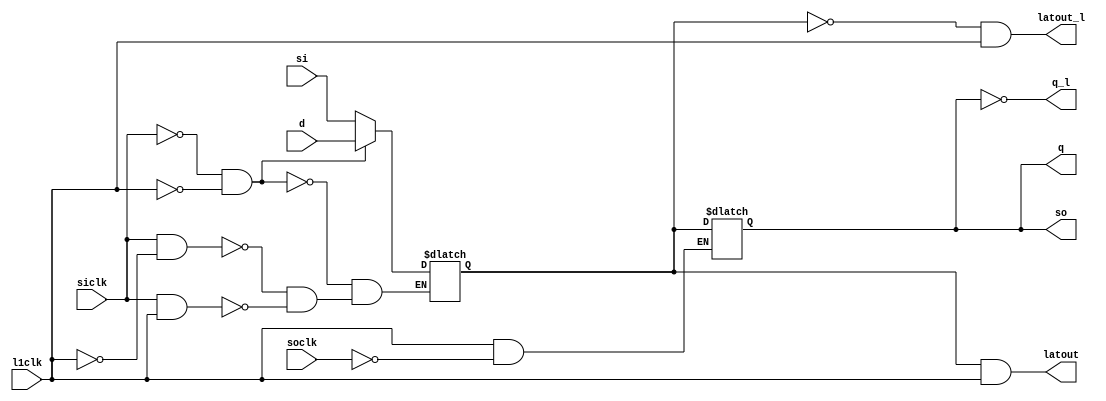
// ========== Copyright Header Begin ==========================================
// 
// OpenSPARC T2 Processor File: cl_mc1.v
// Copyright (C) 1995-2007 Sun Microsystems, Inc. All Rights Reserved
// 4150 Network Circle, Santa Clara, California 95054, U.S.A.
//
// * DO NOT ALTER OR REMOVE COPYRIGHT NOTICES OR THIS FILE HEADER. 
//
// This program is free software; you can redistribute it and/or modify
// it under the terms of the GNU General Public License as published by
// the Free Software Foundation; version 2 of the License.
//
// This program is distributed in the hope that it will be useful,
// but WITHOUT ANY WARRANTY; without even the implied warranty of
// MERCHANTABILITY or FITNESS FOR A PARTICULAR PURPOSE.  See the
// GNU General Public License for more details.
//
// You should have received a copy of the GNU General Public License
// along with this program; if not, write to the Free Software
// Foundation, Inc., 59 Temple Place, Suite 330, Boston, MA  02111-1307  USA
// 
// For the avoidance of doubt, and except that if any non-GPL license 
// choice is available it will apply instead, Sun elects to use only 
// the General Public License version 2 (GPLv2) at this time for any 
// software where a choice of GPL license versions is made 
// available with the language indicating that GPLv2 or any later version 
// may be used, or where a choice of which version of the GPL is applied is 
// otherwise unspecified. 
//
// Please contact Sun Microsystems, Inc., 4150 Network Circle, Santa Clara, 
// CA 95054 USA or visit www.sun.com if you need additional information or 
// have any questions. 
// 
// ========== Copyright Header End ============================================
module cl_mc1_adrff2b_8x ( latout, latout_l, q, q_l, so, d, l1clk, si, siclk, soclk );

   output       latout;
   output       latout_l;
   output       so;
   output       q;
   output       q_l;
   input         d;
   input         l1clk;
   input         si;
   input         siclk;
   input         soclk;

   wire latout, latout_l, so;
   reg m, s;

   `ifdef SCAN_MODE
    `ifdef FAST_FLUSH
        always @(l1clk or siclk or d) begin //vcs optimized code

          if (!l1clk && !siclk)       m <= d;    // Load master with data
          else if ( l1clk && !siclk)  s <=  m;   // Load slave with master data
          else if ( l1clk &&  siclk) begin
               m <=  1'b0;    //  flush reset
               s <=  1'b0;
          end
        end
     `else

      always @(l1clk or siclk or soclk or d or si) begin

        if (!l1clk && !siclk)        m <=  d;    // Load master with data
        else if ( l1clk &&  siclk)   m <=  si;    // Load master with scan or flush
        else if (!l1clk &&  siclk)   m <=  1'bx;    // Conflict between data and scan

        if ( l1clk && !soclk && !siclk)  s <=  m;   // Load slave with master data
        else if (l1clk && siclk && !soclk)  s <= si;    // Flush
      end
     `endif

   `else
      wire  si_unused = si;
 `ifdef INITLATZERO
      initial m = 1'b0;
      initial s = 1'b0;
      `endif

      always @(l1clk or d or si or siclk) begin
        if(siclk==0 && l1clk==0) m <=  d;
        else if(siclk && !l1clk)                m <= 1'bx;
        else if(siclk && l1clk) m <= si;
        if(l1clk && !soclk) s<= m;
      end

    `endif
      assign latout = m & l1clk;
      assign latout_l = ~m & l1clk;
      assign so  =  s;
      assign q   =  s;
      assign q_l = ~s;


endmodule

module cl_mc1_bistl1hdr_12x (
                 l2clk,
                 se,
                 clksel,
                 bistclk,
                 lce,
                 l1clk
                 );
                
                
   input        l2clk;          // level 2 clock, from clock grid
   input        se;             // Scan Enable
   input        clksel;
   input        bistclk;
   input        lce;
   output       l1clk;

  assign l1clk = l2clk; //((((l2clk & ~clksel)|(bistclk & clksel)) & ~lce) | se) ;
 
endmodule


module cl_mc1_bistl1hdr_16x (
                 l2clk,
                 se,
                 clksel,
                 bistclk,
                 lce,
                 l1clk
                 );
                
                
   input        l2clk;          // level 2 clock, from clock grid
   input        se;             // Scan Enable
   input        clksel;
   input        bistclk;
   input        lce;
   output       l1clk;

  assign l1clk = l2clk; // ((((l2clk & ~clksel)|(bistclk & clksel)) & ~lce) | se) ;
 
endmodule


module cl_mc1_bistl1hdr_8x (
                 l2clk,
                 se,
                 clksel,
                 bistclk,
                 lce,
                 l1clk
                 );
                
                
   input        l2clk;          // level 2 clock, from clock grid
   input        se;             // Scan Enable
   input        clksel;
   input        bistclk;
   input        lce;
   output       l1clk;

  assign l1clk = l2clk; // ((((l2clk & ~clksel)|(bistclk & clksel)) & ~lce) | se) ;
 
endmodule


module cl_mc1_bistlatch_10x (
                l2clk,
                pce,
                pce_ov,
                lce);
 input  l2clk;
 input  pce;
 input  pce_ov;
 output lce;
 
 `ifdef FORMAL_TOOL
 assign lce = ~(pce | pce_ov);
 `else
 
 `ifdef LIB
 reg lce;
 
 always @ (negedge l2clk)
        begin
        lce <=  ~(pce | pce_ov);
        end
 `endif
 `endif
 endmodule

module cl_mc1_bistlatch_20x (
                l2clk,
                pce,
                pce_ov,
                lce);
 input  l2clk;
 input  pce;
 input  pce_ov;
 output lce;

 `ifdef FORMAL_TOOL
 assign lce = ~(pce | pce_ov);
 `else
 
 `ifdef LIB
 reg lce;
 
 always @ (negedge l2clk)
        begin
        lce <=  ~(pce | pce_ov);
        end
 `endif
 `endif
 endmodule

module cl_mc1_bistlatch_4x (
                l2clk,
                pce,
                pce_ov,
                lce);
 input  l2clk;
 input  pce;
 input  pce_ov;
 output lce;

 `ifdef FORMAL_TOOL
 assign lce = ~(pce | pce_ov);
 `else

 `ifdef LIB
 reg lce;

 always @ (negedge l2clk)
        begin
        lce <=  ~(pce | pce_ov);
        end
 `endif
 `endif
 endmodule
module cl_mc1_cm_com_adff_l ( master, so, d, l1clk, si, siclk, soclk );

   output master;
   output so;

   input  d;
   input  l1clk;
   input  si;
   input  siclk;
   input  soclk;

    wire  master;
    wire   so;

     reg m, s;

    `ifdef SCAN_MODE

             always @(l1clk or siclk or soclk or d or si)
              begin
                    if (!l1clk && !siclk)           m <= d;    // Load master with data
               else if ( l1clk &&  siclk)           m <= si;   // Load master with scan or flush
               else if (!l1clk &&  siclk)           m <= 1'bx; // Conflict between data and scan

                    if ( l1clk && !siclk && !soclk)  s <= m;  // Load slave with master data
               else if ( l1clk &&  siclk && !soclk)  s <= si; // Flush
              end
    `else
       wire  si_unused = si;
          `ifdef INITLATZERO
                initial m = 1'b0;
                initial s = 1'b0;
          `endif

       always @(l1clk or d or si or siclk) begin
         if(siclk==0 && l1clk==0) m <=  d;
         if(siclk && !l1clk)      m <= 1'bx;
         else if(siclk && l1clk)  m <= si;
       end

     `endif

         assign master   =   m;
         assign so  =  s;

endmodule

module cl_mc1_cm_com_adff_r ( master, so, d, l1clk, si, siclk, soclk );

   output master;
   output so;

   input  d;
   input  l1clk;
   input  si;
   input  siclk;
   input  soclk;

    wire  master;
    wire   so;

     reg m, s;

    `ifdef SCAN_MODE

             always @(l1clk or siclk or soclk or d or si)
              begin
                    if (!l1clk && !siclk)           m <= d;    // Load master with data
               else if ( l1clk &&  siclk)           m <= si;   // Load master with scan or flush
               else if (!l1clk &&  siclk)           m <= 1'bx; // Conflict between data and scan

                    if ( l1clk && !siclk && !soclk)  s <= m;  // Load slave with master data
               else if ( l1clk &&  siclk && !soclk)  s <= si; // Flush
              end
    `else
       wire  si_unused = si;
          `ifdef INITLATZERO
                initial m = 1'b0;
                initial s = 1'b0;
          `endif

       always @(l1clk or d or si or siclk) begin
         if(siclk==0 && l1clk==0) m <=  d;
         if(siclk && !l1clk)      m <= 1'bx;
         else if(siclk && l1clk)  m <= si;
       end

     `endif

         assign master   =   m;
         assign so  =  s;

endmodule

module cl_mc1_cm_com_dff_ ( master, master_l, so, d, l1clk, si, siclk, soclk );

   output master;
   output master_l;
   output so;

   input  d;
   input  l1clk;
   input  si;
   input  siclk;
   input  soclk;

    wire  master;
    wire  master_l;
    wire   so;

     reg m, s;

    `ifdef SCAN_MODE

             always @(l1clk or siclk or soclk or d or si)
              begin
                    if (!l1clk && !siclk)           m <= d;    // Load master with data
               else if ( l1clk &&  siclk)           m <= si;   // Load master with scan or flush
               else if (!l1clk &&  siclk)           m <= 1'bx; // Conflict between data and scan

                    if ( l1clk && !siclk && !soclk)  s <= m;  // Load slave with master data
               else if ( l1clk &&  siclk && !soclk)  s <= si; // Flush
              end
    `else
       wire  si_unused = si;
          `ifdef INITLATZERO
                initial m = 1'b0;
                initial s = 1'b0;
          `endif

       always @(l1clk or d or si or siclk) begin
         if(siclk==0 && l1clk==0) m <=  d;
         if(siclk && !l1clk)      m <= 1'bx;
         else if(siclk && l1clk)  m <= si;
       end

     `endif

         assign master   =   m;
         assign master_l =  ~m;
         assign so  =  s;

endmodule

 module cl_mc1_cm_nor_msff ( q, so, din, clear, l1clk, si, siclk, soclk );
// Level sensitive in SCAN_MODE
// Edge triggered when not in SCAN_MODE

   output  q;
   output  so;

   input   din, clear;
   input   l1clk;
   input   si;
   input   siclk;
   input   soclk;

   reg     q;
   wire    so;
   wire    l1clk, siclk, soclk;
                
  `ifdef SCAN_MODE

    reg    m;

             always @(l1clk or siclk or soclk or din or clear or si)
              begin
                    if (!l1clk && !siclk)           m <= ~(din | clear);  // Load master with data
               else if ( l1clk &&  siclk)           m <= si;    // Load master with scan or flush
               else if (!l1clk &&  siclk)           m <= 1'bx;    // Conflict between data and scan
 
               else if ( l1clk && !siclk && !soclk)  q <= m;    // Load slave with master data
                    if ( l1clk &&  siclk && !soclk)  q <= si;    // Flush
              end
 
        `else
              wire  si_unused = si;
 
          `ifdef INITLATZERO
                initial q = 1'b0;
          `endif
 
              always @(posedge l1clk)
               begin
                if (!siclk && !soclk) q <=  ~(din | clear);
                else                  q <= 1'bx;
               end
        `endif
 
         assign so = q;
 
endmodule
// created June 6, 2005, ln

module cl_mc1_gate_antenna_50k ( in );

input in;

endmodule
// created June 6, 2005, ln

module cl_mc1_gate_antenna_5k ( in );

input in;

endmodule

module cl_mc1_irf_lat_rsto (
		l1clk,
		d,
		mq);
input	l1clk;		
input	d;
output	mq;

reg m;
wire mq;

always @ (l1clk or d)
        if (l1clk == 1'b0) m <=  d;

 `ifdef INITLATZERO
    initial m = 1'b0;
  `endif

assign mq = m && l1clk;

endmodule


module cl_mc1_irf_lat_swl (
		l1clk,
		d,
		mq);
input	l1clk;		
input	d;
output	mq;

reg m;
wire mq;

always @ (l1clk or d)
        if (l1clk == 1'b0) m <=  d;

 `ifdef INITLATZERO
    initial m = 1'b0;
  `endif

assign mq = m && l1clk;

endmodule


module cl_mc1_irf_msff_4x ( q, so, d, l1clk, si, siclk, soclk );
 
    output       q;
    output       so;
 
    input         d;
    input         l1clk;
    input         si;
    input         siclk;
    input         soclk;
 
    wire q, so;
    reg m, s;
 
    `ifdef SCAN_MODE
 
       always @(l1clk or siclk or soclk or d or si) begin
 
         if (!l1clk && !siclk)        m <=  d;    // Load master with data
         else if ( l1clk &&  siclk)   m <=  si;    // Load master with scan or flush
         else if (!l1clk &&  siclk)   m <=  1'bx;    // Conflict between data and scan
 
         if ( l1clk && !soclk && !siclk)  s <=  m;   // Load slave with master data
         else if (l1clk && siclk && !soclk)  s <= si;    // Flush
       end
 
    `else
       wire  si_unused = si;
       `ifdef INITLATZERO
       initial m = 1'b0;
       initial s = 1'b0;
       `endif
 
       always @(l1clk or d or si or siclk) begin
         if(siclk==0 && l1clk==0) m <=  d;
         if(siclk && !l1clk)                m <= 1'bx;
         else if(siclk && l1clk) m <= si;
       end
 
     `endif
 
       assign q = s;
       assign so  =  s;
 
endmodule

// Driver
module  cl_mc1_l1driver_12x (
                 l2clk,
                 se,
                 l1en,
                 l1clk
                );
 
   input        l2clk;          // level 2 clock, from clock grid
   input        se;             // Scan Enable
   input        l1en;           // Clock enable for local power savings
   output       l1clk;
 
   wire       l1clk;
 
   assign       l1clk = l2clk; //(l2clk & l1en) | se;  // se is async and highest priority
endmodule

// Driver
module  cl_mc1_l1driver_16x (
                 l2clk,
                 se,
                 l1en,
                 l1clk
                );
 
   input        l2clk;          // level 2 clock, from clock grid
   input        se;             // Scan Enable
   input        l1en;           // Clock enable for local power savings
   output       l1clk;
 
   wire       l1clk;
 
   assign       l1clk = l2clk; //(l2clk & l1en) | se;  // se is async and highest priority
endmodule

// Driver
module  cl_mc1_l1driver_24x (
                 l2clk,
                 se,
                 l1en,
                 l1clk
                );
 
   input        l2clk;          // level 2 clock, from clock grid
   input        se;             // Scan Enable
   input        l1en;           // Clock enable for local power savings
   output       l1clk;
 
   wire       l1clk;
 
   assign       l1clk = l2clk; //(l2clk & l1en) | se;  // se is async and highest priority
endmodule

// Driver
module  cl_mc1_l1driver_32x (
                 l2clk,
                 se,
                 l1en,
                 l1clk
                );
 
   input        l2clk;          // level 2 clock, from clock grid
   input        se;             // Scan Enable
   input        l1en;           // Clock enable for local power savings
   output       l1clk;
 
   wire       l1clk;
 
   assign       l1clk = l2clk; //(l2clk & l1en) | se;  // se is async and highest priority
endmodule

module  cl_mc1_l1driver_48x (
                 l2clk,
                 se,
                 l1en,
                 l1clk
                );
 
   input        l2clk;          // level 2 clock, from clock grid
   input        se;             // Scan Enable
   input        l1en;           // Clock enable for local power savings
   output       l1clk;
 
   wire       l1clk;
 
   assign       l1clk = l2clk; //(l2clk & l1en) | se;  // se is async and highest priority
endmodule

// Driver
module  cl_mc1_l1driver_4x (
                 l2clk,
                 se,
                 l1en,
                 l1clk
                );
 
   input        l2clk;          // level 2 clock, from clock grid
   input        se;             // Scan Enable
   input        l1en;           // Clock enable for local power savings
   output       l1clk;

   wire        l1clk;

   assign       l1clk = l2clk; //(l2clk & l1en) | se;  // se is async and highest priority

endmodule


// Driver
module  cl_mc1_l1driver_64x (
                 l2clk,
                 se,
                 l1en,
                 l1clk
                );
 
   input        l2clk;          // level 2 clock, from clock grid
   input        se;             // Scan Enable
   input        l1en;           // Clock enable for local power savings
   output       l1clk;
 
   wire       l1clk;
 
   assign       l1clk = l2clk; //(l2clk & l1en) | se;  // se is async and highest priority
endmodule

// Driver
module  cl_mc1_l1driver_8x (
                 l2clk,
                 se,
                 l1en,
                 l1clk
                );
 
   input        l2clk;          // level 2 clock, from clock grid
   input        se;             // Scan Enable
   input        l1en;           // Clock enable for local power savings
   output       l1clk;

   wire       l1clk;

   assign       l1clk = l2clk; //(l2clk & l1en) | se;  // se is async and highest priority

endmodule


// Driver double wide
module  cl_mc1_l1driver_by2_24x (
                 l2clk,
                 se,
                 l1en,
                 l1clk
                );
 
   input        l2clk;          // level 2 clock, from clock grid
   input        se;             // Scan Enable
   input        l1en;           // Clock enable for local power savings
   output       l1clk;
 
   wire       l1clk;
 
   assign       l1clk = l2clk; //(l2clk & l1en) | se;  // se is async and highest priority
endmodule

// Driver double wide
module  cl_mc1_l1driver_by2_32x (
                 l2clk,
                 se,
                 l1en,
                 l1clk
                );
 
   input        l2clk;          // level 2 clock, from clock grid
   input        se;             // Scan Enable
   input        l1en;           // Clock enable for local power savings
   output       l1clk;
 
   wire        l1clk;
 
   assign       l1clk = l2clk; //(l2clk & l1en) | se;  // se is async and highest priority
endmodule

module  cl_mc1_l1driver_by2_48x (
                 l2clk,
                 se,
                 l1en,
                 l1clk
                );
 
   input        l2clk;          // level 2 clock, from clock grid
   input        se;             // Scan Enable
   input        l1en;           // Clock enable for local power savings
   output       l1clk;
 
   wire       l1clk;
 
   assign       l1clk = l2clk; //(l2clk & l1en) | se;  // se is async and highest priority
endmodule

module  cl_mc1_l1driver_by2_64x (
                 l2clk,
                 se,
                 l1en,
                 l1clk
                );
 
   input        l2clk;          // level 2 clock, from clock grid
   input        se;             // Scan Enable
   input        l1en;           // Clock enable for local power savings
   output       l1clk;
 
   wire       l1clk;
 
   assign       l1clk = l2clk; //(l2clk & l1en) | se;  // se is async and highest priority
endmodule

// Edge modeled Enable latch
module cl_mc1_l1enable_12x (
                l2clk,
                pce,
                pce_ov,
                l1en);
input   l2clk;
input   pce;
input   pce_ov;
output  l1en;
 
reg l1en;
 
always @ (negedge l2clk )
        begin
           l1en <=  (pce | pce_ov);
        end

// logically correct model
// always @ (l2clk or pce or pce_ov)
//         if (l2clk == 1'b0) l1en <=  (pce | pce_ov);
endmodule

// Edge modeled Enable latch
module cl_mc1_l1enable_16x (
                l2clk,
                pce,
                pce_ov,
                l1en);
input   l2clk;
input   pce;
input   pce_ov;
output  l1en;
 
reg l1en;
 
always @ (negedge l2clk )
        begin
           l1en <=  (pce | pce_ov);
        end

// logically correct model
// always @ (l2clk or pce or pce_ov)
//         if (l2clk == 1'b0) l1en <=  (pce | pce_ov);
endmodule

// Edge modeled Enable latch
module cl_mc1_l1enable_24x (
                l2clk,
                pce,
                pce_ov,
                l1en);
input   l2clk;
input   pce;
input   pce_ov;
output  l1en;
 
reg l1en;
 
always @ (negedge l2clk )
        begin
           l1en <=  (pce | pce_ov);
        end

// logically correct model
// always @ (l2clk or pce or pce_ov)
//         if (l2clk == 1'b0) l1en <=  (pce | pce_ov);
endmodule

// Edge modeled Enable latch
module cl_mc1_l1enable_32x (
                l2clk,
                pce,
                pce_ov,
                l1en);
input   l2clk;
input   pce;
input   pce_ov;
output  l1en;
 
reg l1en;
 
always @ (negedge l2clk )
        begin
           l1en <=  (pce | pce_ov);
        end

// logically correct model
// always @ (l2clk or pce or pce_ov)
//         if (l2clk == 1'b0) l1en <=  (pce | pce_ov);
endmodule

// Edge modeled Enable latch
module cl_mc1_l1enable_48x (
                l2clk,
                pce,
                pce_ov,
                l1en);
input   l2clk;
input   pce;
input   pce_ov;
output  l1en;
 
reg l1en;
 
always @ (negedge l2clk )
        begin
           l1en <=  (pce | pce_ov);
        end

// logically correct model
// always @ (l2clk or pce or pce_ov)
//         if (l2clk == 1'b0) l1en <=  (pce | pce_ov);
endmodule

// Edge modeled Enable latch
module cl_mc1_l1enable_4x (
                l2clk,
                pce,
                pce_ov,
                l1en);
input   l2clk;
input   pce;
input   pce_ov;
output  l1en;
 
reg l1en;
 
always @ (negedge l2clk )
        begin
           l1en <=  (pce | pce_ov);
        end

// logically correct model
// always @ (l2clk or pce or pce_ov)
//         if (l2clk == 1'b0) l1en <=  (pce | pce_ov);
endmodule

// Edge modeled Enable latch
module cl_mc1_l1enable_64x (
                l2clk,
                pce,
                pce_ov,
                l1en);
input   l2clk;
input   pce;
input   pce_ov;
output  l1en;
 
reg l1en;
 
always @ (negedge l2clk )
        begin
           l1en <=  (pce | pce_ov);
        end

// logically correct model
// always @ (l2clk or pce or pce_ov)
//         if (l2clk == 1'b0) l1en <=  (pce | pce_ov);
endmodule

// Edge modeled Enable latch
module cl_mc1_l1enable_8x (
                l2clk,
                pce,
                pce_ov,
                l1en);
input   l2clk;
input   pce;
input   pce_ov;
output  l1en;
 
reg l1en;
 
always @ (negedge l2clk )
        begin
           l1en <=  (pce | pce_ov);
        end

// logically correct model
// always @ (l2clk or pce or pce_ov)
//         if (l2clk == 1'b0) l1en <=  (pce | pce_ov);
endmodule
module  cl_mc1_l1hdr_16x (
                 l2clk,
                 se,
                 pce,
                 pce_ov,
                 stop,
                 l1clk
                );
 
   input        l2clk;          // level 2 clock, from clock grid
   input        se;             // Scan Enable
   input        pce;             // Clock enable for local power savings
   input        pce_ov;        // TCU sourced clock enable override for testing
   input        stop;           // TCU/CCU sourced clock stop for debug
   output       l1clk;

   reg  l1en;
  `ifdef INITLATZERO
  initial begin
        l1en = 1'b0;
     end
  `endif
`ifdef SCAN_MODE
   always @ (l2clk or stop or pce or pce_ov)
       begin
         if (~l2clk) l1en <= (~stop & (pce | pce_ov));
       end
`else
   always @ (negedge l2clk )
        begin
           l1en <= (~stop & ( pce | pce_ov ));
        end
`endif

   assign       l1clk = l2clk; //(l2clk & l1en) | se;  // se is async and highest priority

endmodule

module  cl_mc1_l1hdr_24x (
                 l2clk,
                 se,
                 pce,
                 pce_ov,
                 stop,
                 l1clk
                );
 
   input        l2clk;          // level 2 clock, from clock grid
   input        se;             // Scan Enable
   input        pce;             // Clock enable for local power savings
   input        pce_ov;        // TCU sourced clock enable override for testing
   input        stop;           // TCU/CCU sourced clock stop for debug
   output       l1clk;

   reg  l1en;
  `ifdef INITLATZERO
  initial begin
        l1en = 1'b0;
     end
  `endif
`ifdef SCAN_MODE
   always @ (l2clk or stop or pce or pce_ov)
       begin
         if (~l2clk) l1en <= (~stop & (pce | pce_ov));
       end
`else
   always @ (negedge l2clk )
        begin
           l1en <= (~stop & ( pce | pce_ov ));
        end
`endif

   assign       l1clk = l2clk; //(l2clk & l1en) | se;  // se is async and highest priority

endmodule

module  cl_mc1_l1hdr_32x (
                 l2clk,
                 se,
                 pce,
                 pce_ov,
                 stop,
                 l1clk
                );
 
   input        l2clk;          // level 2 clock, from clock grid
   input        se;             // Scan Enable
   input        pce;             // Clock enable for local power savings
   input        pce_ov;        // TCU sourced clock enable override for testing
   input        stop;           // TCU/CCU sourced clock stop for debug
   output       l1clk;

   reg  l1en;
  `ifdef INITLATZERO
  initial begin
        l1en = 1'b0;
     end
  `endif
`ifdef SCAN_MODE
   always @ (l2clk or stop or pce or pce_ov)
       begin
         if (~l2clk) l1en <= (~stop & (pce | pce_ov));
       end
`else
   always @ (negedge l2clk )
        begin
           l1en <= (~stop & ( pce | pce_ov ));
        end
`endif

   assign       l1clk = l2clk; //(l2clk & l1en) | se;  // se is async and highest priority

endmodule

module  cl_mc1_l1hdr_48x (
                 l2clk,
                 se,
                 pce,
                 pce_ov,
                 stop,
                 l1clk
                );
 
   input        l2clk;          // level 2 clock, from clock grid
   input        se;             // Scan Enable
   input        pce;             // Clock enable for local power savings
   input        pce_ov;        // TCU sourced clock enable override for testing
   input        stop;           // TCU/CCU sourced clock stop for debug
   output       l1clk;

   reg  l1en;
  `ifdef INITLATZERO
  initial begin
        l1en = 1'b0;
     end
  `endif
`ifdef SCAN_MODE
   always @ (l2clk or stop or pce or pce_ov)
       begin
         if (~l2clk) l1en <= (~stop & (pce | pce_ov));
       end
`else
   always @ (negedge l2clk )
        begin
           l1en <= (~stop & ( pce | pce_ov ));
        end
`endif
   assign       l1clk = l2clk; //(l2clk & l1en) | se;  // se is async and highest priority

endmodule

module  cl_mc1_l1hdr_64x (
                 l2clk,
                 se,
                 pce,
                 pce_ov,
                 stop,
                 l1clk
                );
 
   input        l2clk;          // level 2 clock, from clock grid
   input        se;             // Scan Enable
   input        pce;             // Clock enable for local power savings
   input        pce_ov;        // TCU sourced clock enable override for testing
   input        stop;           // TCU/CCU sourced clock stop for debug
   output       l1clk;

   reg  l1en;
`ifdef INITLATZERO
  initial begin
        l1en = 1'b0;
     end
`endif
`ifdef SCAN_MODE
   always @ (l2clk or stop or pce or pce_ov)
       begin
         if (~l2clk) l1en <= (~stop & (pce | pce_ov));
       end
`else
   always @ (negedge l2clk )
        begin
           l1en <= (~stop & ( pce | pce_ov ));
        end
`endif

   assign       l1clk = l2clk; //(l2clk & l1en) | se;  // se is async and highest priority

endmodule

module  cl_mc1_l1hdr_by4_64x (
                 l2clk,
                 se,
                 pce,
                 pce_ov,
                 stop,
                 l1clk
                );
  
   input        l2clk;          // level 2 clock, from clock grid
   input        se;             // Scan Enable
   input        pce;             // Clock enable for local power savings
   input        pce_ov;        // TCU sourced clock enable override for testing
   input        stop;           // TCU/CCU sourced clock stop for debug
   output       l1clk;
   reg  l1en;
`ifdef INITLATZERO
  initial begin
        l1en = 1'b0;
  end
`endif
`ifdef SCAN_MODE
   always @ (l2clk or stop or pce or pce_ov)
       begin
         if (~l2clk) l1en <= (~stop & (pce | pce_ov));
       end
`else
   always @ (negedge l2clk )
        begin
           l1en <= (~stop & ( pce | pce_ov ));
        end
`endif

   assign       l1clk = l2clk; //(l2clk & l1en) | se;  // se is async and highest priority

endmodule


module cl_mc1_rep_m6_32x (
in,
out
);
input	in;
output	out;

assign out = in;

endmodule

module cl_mc1_rrf_msff_8x ( q, so, d, l1clk, si, siclk, soclk );
 
    output       q;
    output       so;
 
    input         d;
    input         l1clk;
    input         si;
    input         siclk;
    input         soclk;
 
    wire q, so;
    reg m, s;
 
    `ifdef SCAN_MODE
 
       always @(l1clk or siclk or soclk or d or si) begin
 
         if (!l1clk && !siclk)        m <=  d;    // Load master with data
         else if ( l1clk &&  siclk)   m <=  si;    // Load master with scan or flush
         else if (!l1clk &&  siclk)   m <=  1'bx;    // Conflict between data and scan
 
         if ( l1clk && !soclk && !siclk)  s <=  m;   // Load slave with master data
         else if (l1clk && siclk && !soclk)  s <= si;    // Flush
       end
 
    `else
       wire  si_unused = si;
       `ifdef INITLATZERO
       initial m = 1'b0;
       initial s = 1'b0;
       `endif
 
       always @(l1clk or d or si or siclk) begin
         if(siclk==0 && l1clk==0) m <=  d;
         if(siclk && !l1clk)                m <= 1'bx;
         else if(siclk && l1clk) m <= si;
       end
 
     `endif
 
       assign q = s;
       assign so  =  s;
 
endmodule

module cl_mc1_rrf_msff_mo_8x ( mq, mq_l, q, q_l, so, d, l1clk, si, siclk, soclk, and_clk );
 
   output     mq;
   output     mq_l;
   output     so;
   output     q;
   output     q_l;
   input      d;
   input      l1clk;
   input      and_clk;
   input      si;
   input      siclk;
   input      soclk;
 
   wire  mq, mq_l, q, q_l, so;
   reg   m, s;
 
   `ifdef SCAN_MODE
      always @(l1clk or siclk or soclk or d or si) begin
 
        if      (!l1clk && !siclk) m <=  d;   //Load master with data
        else if ( l1clk &&  siclk) m <=  si;  //Load master with scan or flush
        else if (!l1clk &&  siclk) m <=  1'bx;   //Conflict between data and scan
 
        if      (l1clk && !soclk && !siclk)  s <= m;  // Load slave with master data
        else if (l1clk && !soclk &&  siclk)  s <= si; // Flush
      end
 
   `else
//      wire   si_unused = si;
 
      `ifdef INITLATZERO
        initial m = 1'b0;
        initial s = 1'b0;
      `endif
 
      always @(l1clk or d or si or siclk) begin
        if      (!siclk && !l1clk) m <= d;
        else if ( siclk && !l1clk) m <= 1'bx;
        else if ( siclk &&  l1clk) m <= si;
        if      ( l1clk && !soclk) s <= m;
      end
 
    `endif
 
    `ifdef MODEL_AND
      assign mq = m & (and_clk & l1clk);
      assign mq_l = ~m & (and_clk & l1clk);
    `else
      wire      and_clk_unused = and_clk;
      assign mq = m;
      assign mq_l = ~m;
    `endif
      assign so  =  s;
      assign q   =  s;
      assign q_l = ~s;
 
endmodule

module cl_mc1_scm_msff_flop_4x (  q, q_l, so, d, l1clk, si, siclk, soclk);
 
          
   output       so;
   output       q;
   output       q_l;
   input         d;
   input         l1clk;
   input         si;
   input         siclk;
   input         soclk;
 
 
   wire  so;
   reg m, s;
 
   `ifdef SCAN_MODE
 
      always @(l1clk or siclk or soclk or d or si) begin
 
        if (!l1clk && !siclk)        m <=  d;    // Load master with data
        else if ( l1clk &&  siclk)   m <=  si;    // Load master with scan or flush
        else if (!l1clk &&  siclk)   m <=  1'bx;    // Conflict between data and scan
 
        if ( l1clk && !soclk && !siclk)  s <=  m;   // Load slave with master data
        else if (l1clk && siclk && !soclk)  s <= si;    // Flush
      end
 
   `else
      wire  si_unused = si;
 `ifdef INITLATZERO
      initial m = 1'b0;
      initial s = 1'b0;
      `endif
 
      always @(l1clk or d or si or siclk) begin
        if(siclk==0 && l1clk==0) m =  d;
        else if(siclk && !l1clk)                m = 1'bx;
         if(siclk && l1clk) m = si;
        if(l1clk && !soclk) s = m;
      end
 
    `endif
 
      assign so  =  s;
      assign q   =  s;
      assign q_l = ~s;
               
 
endmodule

module cl_mc1_scm_msff_lat_4x ( latout, q, q_l, so, d, l1clk, si, siclk, soclk);
 
   output       latout;
   output       so;
   output       q;
   output       q_l;
   input         d;
   input         l1clk;
   input         si;
   input         siclk;
   input         soclk;
 
   wire  so;
   reg m, s;
 
   `ifdef SCAN_MODE
    `ifdef FAST_FLUSH
        always @(l1clk or siclk or d) begin //vcs optimized code
 
          if (!l1clk && !siclk)       m <=  d;    // Load master with data
          else if ( l1clk && !siclk)  s <=  m;   // Load slave with master data
          else if ( l1clk &&  siclk) begin
               m <=  1'b0;    //  flush reset
               s <=  1'b0;
          end
        end
     `else
 
      always @(l1clk or siclk or soclk or d or si) begin
 
        if (!l1clk && !siclk)        m <=  d;    // Load master with data
        else if ( l1clk &&  siclk)   m <=  si;    // Load master with scan or flush
        else if (!l1clk &&  siclk)   m <=  1'bx;    // Conflict between data and scan
 
        if ( l1clk && !soclk && !siclk)  s <=  m;   // Load slave with master data
        else if (l1clk && siclk && !soclk)  s <= si;    // Flush
      end
     `endif
 
   `else
      wire  si_unused = si;
 `ifdef INITLATZERO
      initial m = 1'b0;
      initial s = 1'b0;
      `endif
 
      always @(l1clk or d or si or siclk) begin
        if(siclk==0 && l1clk==0) m =  d;
        else if(siclk && !l1clk)                m = 1'bx;
         if(siclk && l1clk) m = si;
        if(l1clk && !soclk) s = m;
      end
 
    `endif
      assign latout = m;
      assign so  =  s;
      assign q   =  s;
      assign q_l = ~s;
 
endmodule

module cl_mc1_sram_msff_mo_16x ( mq, mq_l, q, q_l, so, d, l1clk, si, siclk, soclk, and_clk );
 
   output     mq;
   output     mq_l;
   output     so;
   output     q;
   output     q_l;
   input      d;
   input      l1clk;
   input      and_clk;
   input      si;
   input      siclk;
   input      soclk;
 
   wire  mq, mq_l, q, q_l, so;
   reg   m, s;
 
   `ifdef SCAN_MODE
   `ifdef FAST_FLUSH
        always @(l1clk or siclk or d) begin //vcs optimized code

          if (!l1clk && !siclk)       m <=  d;    // Load master with data
          else if ( l1clk && !siclk)  s <=  m;   // Load slave with master data
          else if ( l1clk &&  siclk) begin
               m <=  1'b0;    //  flush reset
               s <=  1'b0;
          end
        end
     `else

      always @(l1clk or siclk or soclk or d or si) begin
 
        if      (!l1clk && !siclk) m <=  d;   //Load master with data
        else if ( l1clk &&  siclk) m <=  si;  //Load master with scan or flush
        else if (!l1clk &&  siclk) m <=  1'bx;   //Conflict between data and scan
 
        if      (l1clk && !soclk && !siclk)  s <= m;  // Load slave with master data
        else if (l1clk && !soclk &&  siclk)  s <= si; // Flush
      end
    `endif
 
   `else
//      wire   si_unused = si;
 
      `ifdef INITLATZERO
        initial m = 1'b0;
        initial s = 1'b0;
      `endif
 
      always @(l1clk or d or si or siclk) begin
        if      (!siclk && !l1clk) m <= d;
        else if ( siclk && !l1clk) m <= 1'bx;
        else if ( siclk &&  l1clk) m <= si;
        if      ( l1clk && !soclk) s <= m;
      end
 
    `endif
 
    `ifdef MODEL_AND
      assign mq = m & (and_clk & l1clk);
      assign mq_l = ~m & (and_clk & l1clk);
    `else
      wire      and_clk_unused = and_clk;
      assign mq = m;
      assign mq_l = ~m;
    `endif
      assign so  =  s;
      assign q   =  s;
      assign q_l = ~s;
 
endmodule

module cl_mc1_sram_msff_mo_32x ( mq, mq_l, q, so, d, l1clk, si, siclk, soclk, and_clk );
 
   output     mq;
   output     mq_l;
   output     so;
   output     q;
   input      d;
   input      l1clk;
   input      and_clk;
   input      si;
   input      siclk;
   input      soclk;
 
   wire  mq, mq_l, q, so;
   reg   m, s;
 
   `ifdef SCAN_MODE
    `ifdef FAST_FLUSH
        always @(l1clk or siclk or d) begin //vcs optimized code

          if (!l1clk && !siclk)       m <=  d;    // Load master with data
          else if ( l1clk && !siclk)  s <=  m;   // Load slave with master data
          else if ( l1clk &&  siclk) begin
               m <=  1'b0;    //  flush reset
               s <=  1'b0;
          end
        end
     `else

      always @(l1clk or siclk or soclk or d or si) begin
 
        if      (!l1clk && !siclk) m <=  d;   //Load master with data
        else if ( l1clk &&  siclk) m <=  si;  //Load master with scan or flush
        else if (!l1clk &&  siclk) m <=  1'bx;   //Conflict between data and scan
 
        if      (l1clk && !soclk && !siclk)  s <= m;  // Load slave with master data
        else if (l1clk && !soclk &&  siclk)  s <= si; // Flush
      end
     `endif
 
   `else
//      wire   si_unused = si;
 
      `ifdef INITLATZERO
        initial m = 1'b0;
        initial s = 1'b0;
      `endif
 
      always @(l1clk or d or si or siclk) begin
        if      (!siclk && !l1clk) m <= d;
        else if ( siclk && !l1clk) m <= 1'bx;
        else if ( siclk &&  l1clk) m <= si;
        if      ( l1clk && !soclk) s <= m;
      end
 
    `endif
 
    `ifdef MODEL_AND
      assign mq = m & (and_clk & l1clk);
      assign mq_l = ~m & (and_clk & l1clk);
    `else
      wire      and_clk_unused = and_clk;
      assign mq = m;
      assign mq_l = ~m;
    `endif
      assign so  =  s;
      assign q   =  s;
 
endmodule

module cl_mc1_sram_msff_mo_4x ( mq, mq_l, q, q_l, so, d, l1clk, si, siclk, soclk, and_clk );
 
   output     mq;
   output     mq_l;
   output     so;
   output     q;
   output     q_l;
   input      d;
   input      l1clk;
   input      and_clk;
   input      si;
   input      siclk;
   input      soclk;
 
   wire  mq, mq_l, q, q_l, so;
   reg   m, s;
 
   `ifdef SCAN_MODE
   `ifdef FAST_FLUSH
        always @(l1clk or siclk or d) begin //vcs optimized code

          if (!l1clk && !siclk)       m <=  d;    // Load master with data
          else if ( l1clk && !siclk)  s <=  m;   // Load slave with master data
          else if ( l1clk &&  siclk) begin
               m <=  1'b0;    //  flush reset
               s <=  1'b0;
          end
        end
     `else

      always @(l1clk or siclk or soclk or d or si) begin
 
        if      (!l1clk && !siclk) m <=  d;   //Load master with data
        else if ( l1clk &&  siclk) m <=  si;  //Load master with scan or flush
        else if (!l1clk &&  siclk) m <=  1'bx;   //Conflict between data and scan
 
        if      (l1clk && !soclk && !siclk)  s <= m;  // Load slave with master data
        else if (l1clk && !soclk &&  siclk)  s <= si; // Flush
      end
    `endif
 
   `else
//      wire   si_unused = si;
 
      `ifdef INITLATZERO
        initial m = 1'b0;
        initial s = 1'b0;
      `endif
 
      always @(l1clk or d or si or siclk) begin
        if      (!siclk && !l1clk) m <= d;
        else if ( siclk && !l1clk) m <= 1'bx;
        else if ( siclk &&  l1clk) m <= si;
        if      ( l1clk && !soclk) s <= m;
      end
 
    `endif
 
    `ifdef MODEL_AND
      assign mq = m & (and_clk & l1clk);
      assign mq_l = ~m & (and_clk & l1clk);
    `else
      wire      and_clk_unused = and_clk;
      assign mq = m;
      assign mq_l = ~m;
    `endif
      assign so  =  s;
      assign q   =  s;
      assign q_l = ~s;
 
endmodule

module cl_mc1_sram_msff_mo_8x ( mq, mq_l, q, q_l, so, d, l1clk, si, siclk, soclk, and_clk );
 
   output     mq;
   output     mq_l;
   output     so;
   output     q;
   output     q_l;
   input      d;
   input      l1clk;
   input      and_clk;
   input      si;
   input      siclk;
   input      soclk;
 
   wire  mq, mq_l, q, q_l, so;
   reg   m, s;
 
   `ifdef SCAN_MODE
   `ifdef FAST_FLUSH
        always @(l1clk or siclk or d) begin //vcs optimized code

          if (!l1clk && !siclk)       m <=  d;    // Load master with data
          else if ( l1clk && !siclk)  s <=  m;   // Load slave with master data
          else if ( l1clk &&  siclk) begin
               m <=  1'b0;    //  flush reset
               s <=  1'b0;
          end
        end
     `else

      always @(l1clk or siclk or soclk or d or si) begin
 
        if      (!l1clk && !siclk) m <=  d;   //Load master with data
        else if ( l1clk &&  siclk) m <=  si;  //Load master with scan or flush
        else if (!l1clk &&  siclk) m <=  1'bx;   //Conflict between data and scan
 
        if      (l1clk && !soclk && !siclk)  s <= m;  // Load slave with master data
        else if (l1clk && !soclk &&  siclk)  s <= si; // Flush
      end
    `endif
 
   `else
//      wire   si_unused = si;
 
      `ifdef INITLATZERO
        initial m = 1'b0;
        initial s = 1'b0;
      `endif
 
      always @(l1clk or d or si or siclk) begin
        if      (!siclk && !l1clk) m <= d;
        else if ( siclk && !l1clk) m <= 1'bx;
        else if ( siclk &&  l1clk) m <= si;
        if      ( l1clk && !soclk) s <= m;
      end
 
    `endif
 
    `ifdef MODEL_AND
      assign mq = m & (and_clk & l1clk);
      assign mq_l = ~m & (and_clk & l1clk);
    `else
      wire      and_clk_unused = and_clk;
      assign mq = m;
      assign mq_l = ~m;
    `endif
      assign so  =  s;
      assign q   =  s;
      assign q_l = ~s;
 
endmodule
module cl_mc1_sram_msff_mo_nand2_16x ( mq, mq_l, q, q_l, so, d, l1clk, si, siclk, soclk );

   output mq;
   output mq_l;
   output q;
   output q_l;
   output so;

   input  d;
   input  l1clk;
   input  si;
   input  siclk;
   input  soclk;

    wire  mq;
    wire  mq_l;
    wire   q;
    wire  q_l;
    wire  so;

    reg m, s;

    `ifdef SCAN_MODE
             always @(l1clk or siclk or soclk or d or si)
              begin
                    if (!l1clk && !siclk)           m <= d;    // Load master with data
               else if ( l1clk &&  siclk)           m <= si;   // Load master with scan or flush
               else if (!l1clk &&  siclk)           m <= 1'bx; // Conflict between data and scan

                    if ( l1clk && !siclk && !soclk)  s <= m;   // Load slave with master data
               else if ( l1clk &&  siclk && !soclk)  s <= si;  // Flush
              end
   `else
//      wire   si_unused = si;

          `ifdef INITLATZERO
                initial m = 1'b0;
                initial s = 1'b0;
          `endif

      always @(l1clk or d or si or siclk) begin
        if      (!siclk && !l1clk) m <= d;
        else if ( siclk && !l1clk) m <= 1'bx;
        else if ( siclk &&  l1clk) m <= si;
        if      ( l1clk && !soclk) s <= m;
      end
 
    `endif

    `ifdef MODEL_AND
      assign mq = m & l1clk;
      assign mq_l = ~m & l1clk;
    `else
      wire      si_unused = siclk;
      assign mq = m;
      assign mq_l = ~m;
    `endif

         assign so = s;
         assign q   =  s;
         assign q_l = ~s;

endmodule

module cl_mc1_sram_msff_mo_nand2_8x ( mq, mq_l, q, q_l, so, d, l1clk, si, siclk, soclk );

   output mq;
   output mq_l;
   output q;
   output q_l;
   output so;

   input  d;
   input  l1clk;
   input  si;
   input  siclk;
   input  soclk;

    wire  mq;
    wire  mq_l;
    wire   q;
    wire  q_l;
    wire  so;

    reg m, s;

    `ifdef SCAN_MODE
             always @(l1clk or siclk or soclk or d or si)
              begin
                    if (!l1clk && !siclk)           m <= d;    // Load master with data
               else if ( l1clk &&  siclk)           m <= si;   // Load master with scan or flush
               else if (!l1clk &&  siclk)           m <= 1'bx; // Conflict between data and scan

                    if ( l1clk && !siclk && !soclk)  s <= m;   // Load slave with master data
               else if ( l1clk &&  siclk && !soclk)  s <= si;  // Flush
              end
   `else
//      wire   si_unused = si;

          `ifdef INITLATZERO
                initial m = 1'b0;
                initial s = 1'b0;
          `endif

      always @(l1clk or d or si or siclk) begin
        if      (!siclk && !l1clk) m <= d;
        else if ( siclk && !l1clk) m <= 1'bx;
        else if ( siclk &&  l1clk) m <= si;
        if      ( l1clk && !soclk) s <= m;
      end
 
    `endif

    `ifdef MODEL_AND
      assign mq = m & l1clk;
      assign mq_l = ~m & l1clk;
    `else
      wire      si_unused = siclk;
      assign mq = m;
      assign mq_l = ~m;
    `endif

         assign so = s;
         assign q   =  s;
         assign q_l = ~s;

endmodule


module cl_mc1_sram_msff_mo_nand3_16x ( mq, mq_l, q, q_l, so, d, l1clk, si, siclk, soclk, and_clk );
 
   output     mq;
   output     mq_l;
   output     so;
   output     q;
   output     q_l;
   input      d;
   input      l1clk;
   input      and_clk;
   input      si;
   input      siclk;
   input      soclk;
 
   wire  mq, mq_l, q, q_l, so;
   reg   m, s;
 
   `ifdef SCAN_MODE
      always @(l1clk or siclk or soclk or d or si) begin
 
        if      (!l1clk && !siclk) m <=  d;   //Load master with data
        else if ( l1clk &&  siclk) m <=  si;  //Load master with scan or flush
        else if (!l1clk &&  siclk) m <=  1'bx;   //Conflict between data and scan
 
        if      (l1clk && !soclk && !siclk)  s <= m;  // Load slave with master data
        else if (l1clk && !soclk &&  siclk)  s <= si; // Flush
      end
 
   `else
//      wire   si_unused = si;
 
      `ifdef INITLATZERO
        initial m = 1'b0;
        initial s = 1'b0;
      `endif
 
      always @(l1clk or d or si or siclk) begin
        if      (!siclk && !l1clk) m <= d;
        else if ( siclk && !l1clk) m <= 1'bx;
        else if ( siclk &&  l1clk) m <= si;
        if      ( l1clk && !soclk) s <= m;
      end
 
    `endif
 
    `ifdef MODEL_AND
      assign mq = m & (and_clk & l1clk);
      assign mq_l = ~m & (and_clk & l1clk);
    `else
      wire      and_clk_unused = and_clk;
      assign mq = m;
      assign mq_l = ~m;
    `endif
      assign so  =  s;
      assign q   =  s;
      assign q_l = ~s;
 
endmodule

module cl_mc1_sram_msff_mo_nand3_8x ( mq, mq_l, q, q_l, so, d, l1clk, si, siclk, soclk, and_clk );
 
   output     mq;
   output     mq_l;
   output     so;
   output     q;
   output     q_l;
   input      d;
   input      l1clk;
   input      and_clk;
   input      si;
   input      siclk;
   input      soclk;
 
   wire  mq, mq_l, q, q_l, so;
   reg   m, s;
 
   `ifdef SCAN_MODE
      always @(l1clk or siclk or soclk or d or si) begin
 
        if      (!l1clk && !siclk) m <=  d;   //Load master with data
        else if ( l1clk &&  siclk) m <=  si;  //Load master with scan or flush
        else if (!l1clk &&  siclk) m <=  1'bx;   //Conflict between data and scan
 
        if      (l1clk && !soclk && !siclk)  s <= m;  // Load slave with master data
        else if (l1clk && !soclk &&  siclk)  s <= si; // Flush
      end
 
   `else
//      wire   si_unused = si;
 
      `ifdef INITLATZERO
        initial m = 1'b0;
        initial s = 1'b0;
      `endif
 
      always @(l1clk or d or si or siclk) begin
        if      (!siclk && !l1clk) m <= d;
        else if ( siclk && !l1clk) m <= 1'bx;
        else if ( siclk &&  l1clk) m <= si;
        if      ( l1clk && !soclk) s <= m;
      end
 
    `endif
 
    `ifdef MODEL_AND
      assign mq = m & (and_clk & l1clk);
      assign mq_l = ~m & (and_clk & l1clk);
    `else
      wire      and_clk_unused = and_clk;
      assign mq = m;
      assign mq_l = ~m;
    `endif
      assign so  =  s;
      assign q   =  s;
      assign q_l = ~s;
 
endmodule

module cl_mc1_sram_msff_mo_opt_16x ( mq, mq_l, q, q_l, so, d, l1clk, si, siclk, soclk, and_clk );
 
   output     mq;
   output     mq_l;
   output     so;
   output     q;
   output     q_l;
   input      d;
   input      l1clk;
   input      and_clk;
   input      si;
   input      siclk;
   input      soclk;
 
   wire  mq, mq_l, q, q_l, so;
   reg   m, s;
 
   `ifdef SCAN_MODE
      always @(l1clk or siclk or soclk or d or si) begin
 
        if      (!l1clk && !siclk) m <=  d;   //Load master with data
        else if ( l1clk &&  siclk) m <=  si;  //Load master with scan or flush
        else if (!l1clk &&  siclk) m <=  1'bx;   //Conflict between data and scan
 
        if      (l1clk && !soclk && !siclk)  s <= m;  // Load slave with master data
        else if (l1clk && !soclk &&  siclk)  s <= si; // Flush
      end
 
   `else
//      wire   si_unused = si;
 
      `ifdef INITLATZERO
        initial m = 1'b0;
        initial s = 1'b0;
      `endif
 
      always @(l1clk or d or si or siclk) begin
        if      (!siclk && !l1clk) m <= d;
        else if ( siclk && !l1clk) m <= 1'bx;
        else if ( siclk &&  l1clk) m <= si;
        if      ( l1clk && !soclk) s <= m;
      end
 
    `endif
 
    `ifdef MODEL_AND
      assign mq = m & (and_clk & l1clk);
      assign mq_l = ~m & (and_clk & l1clk);
    `else
      wire      and_clk_unused = and_clk;
      assign mq = m;
      assign mq_l = ~m;
    `endif
      assign so  =  s;
      assign q   =  s;
      assign q_l = ~s;
 
endmodule

module cl_mc1_sram_msff_mo_opt_8x ( mq, mq_l, q, q_l, so, d, l1clk, si, siclk, soclk, and_clk );
 
   output     mq;
   output     mq_l;
   output     so;
   output     q;
   output     q_l;
   input      d;
   input      l1clk;
   input      and_clk;
   input      si;
   input      siclk;
   input      soclk;
 
   wire  mq, mq_l, q, q_l, so;
   reg   m, s;
 
   `ifdef SCAN_MODE
      always @(l1clk or siclk or soclk or d or si) begin
 
        if      (!l1clk && !siclk) m <=  d;   //Load master with data
        else if ( l1clk &&  siclk) m <=  si;  //Load master with scan or flush
        else if (!l1clk &&  siclk) m <=  1'bx;   //Conflict between data and scan
 
        if      (l1clk && !soclk && !siclk)  s <= m;  // Load slave with master data
        else if (l1clk && !soclk &&  siclk)  s <= si; // Flush
      end
 
   `else
//      wire   si_unused = si;
 
      `ifdef INITLATZERO
        initial m = 1'b0;
        initial s = 1'b0;
      `endif
 
      always @(l1clk or d or si or siclk) begin
        if      (!siclk && !l1clk) m <= d;
        else if ( siclk && !l1clk) m <= 1'bx;
        else if ( siclk &&  l1clk) m <= si;
        if      ( l1clk && !soclk) s <= m;
      end
 
    `endif
 
    `ifdef MODEL_AND
      assign mq = m & (and_clk & l1clk);
      assign mq_l = ~m & (and_clk & l1clk);
    `else
      wire      and_clk_unused = and_clk;
      assign mq = m;
      assign mq_l = ~m;
    `endif
      assign so  =  s;
      assign q   =  s;
      assign q_l = ~s;
 
endmodule
module cl_mc1_sram_msff_mo_phaseb_8x ( phaseb_mq, phaseb_mq_l, q, q_l, so, d, l1clk, si, siclk, soclk, and_clk );

   output phaseb_mq;
   output phaseb_mq_l;
   output q;
   output q_l;
   output so;

   input  d;
   input  l1clk;
   input  si;
   input  siclk;
   input  soclk;
   input  and_clk;

    wire  phaseb_mq;
    wire  phaseb_mq_l;
    reg   q;
    wire  q_l;
    wire  so;

    reg m;
    
   `ifdef SCAN_MODE
             always @(l1clk or siclk or soclk or d or si)
              begin
                    if (!l1clk && !siclk)           m <= d;    // Load master with data
               else if ( l1clk &&  siclk)           m <= si;   // Load master with scan or flush
               else if (!l1clk &&  siclk)           m <= 1'bx; // Conflict between data and scan

                    if ( l1clk && !siclk && !soclk)  q <= m;   // Load slave with master data
               else if ( l1clk &&  siclk && !soclk)  q <= si;   // Flush
              end
   `else
//      wire   si_unused = si;

          `ifdef INITLATZERO
                initial q = 1'b0;
                initial m = 1'b0;
          `endif

      always @(l1clk or d or si or siclk) begin
        if      (!siclk && !l1clk) m <= d;
        else if ( siclk && !l1clk) m <= 1'bx;
        else if ( siclk &&  l1clk) m <= si;
        if      ( l1clk && !soclk) q <= m;
      end

    `endif

    `ifdef MODEL_AND
      assign phaseb_mq   = ~and_clk  && q;
      assign phaseb_mq_l = ~and_clk  && q_l;
    `else
      wire      and_clk_unused = and_clk;
      assign phaseb_mq   = q;
      assign phaseb_mq_l = ~q;
    `endif
         assign so = q;
         assign q_l = ~q;

endmodule


module cl_mc1_tcam_msff_4x ( q, so, d, l1clk, si, siclk, soclk );
 
    output       q;
    output       so;
 
    input         d;
    input         l1clk;
    input         si;
    input         siclk;
    input         soclk;
 
    wire q, so;
    reg m, s;
 
    `ifdef SCAN_MODE
 
       always @(l1clk or siclk or soclk or d or si) begin
 
         if (!l1clk && !siclk)        m <=  d;    // Load master with data
         else if ( l1clk &&  siclk)   m <=  si;    // Load master with scan or flush
         else if (!l1clk &&  siclk)   m <=  1'bx;    // Conflict between data and scan
 
         if ( l1clk && !soclk && !siclk)  s <=  m;   // Load slave with master data
         else if (l1clk && siclk && !soclk)  s <= si;    // Flush
       end
 
    `else
       wire  si_unused = si;
       `ifdef INITLATZERO
       initial m = 1'b0;
       initial s = 1'b0;
       `endif
 
       always @(l1clk or d or si or siclk) begin
         if(siclk==0 && l1clk==0) m <=  d;
         if(siclk && !l1clk)                m <= 1'bx;
         else if(siclk && l1clk) m <= si;
       end
 
     `endif
 
       assign q = s;
       assign so  =  s;
 
endmodule

module cl_mc1_tisram_bla_4x (q_a, d_b, l1clk);
     output       q_a;
     input         d_b;
     input         l1clk;
  reg q_a;

 `ifdef INITLATZERO
                  initial q_a = 1'b0;
 `endif
 
        always @(l1clk or d_b) begin
          if(l1clk==1)    q_a <=  d_b;
        end
 
endmodule


module cl_mc1_tisram_blb_4x (q_b, d_a, l1clk);
     output       q_b;
     input         d_a;
     input         l1clk;
  reg q_b;

 `ifdef INITLATZERO
                  initial q_b = 1'b0;
 `endif
 
        always @(l1clk or d_a) begin
          if(l1clk==0)    q_b <=  d_a;
        end
 
endmodule


module cl_mc1_tisram_blbi_8x (q_b_l, d_a, l1clk);
     output       q_b_l;
     input         d_a;
     input         l1clk;
  reg q_b_l;

 `ifdef INITLATZERO
                  initial q_b_l = 1'b0;
 `endif

        always @(l1clk or d_a) begin
          if(l1clk==0)    q_b_l <=  ~d_a;
        end

endmodule

module cl_mc1_tisram_msff_16x ( latout, latout_l, so, d, l1clk, si,
siclk, soclk );
 
    output       latout;
    output       latout_l;
    output       so;
 
    input         d;
    input         l1clk;
    input         si;
    input         siclk;
    input         soclk;
 
    wire latout, latout_l, so;
    reg m, s;
 
    `ifdef SCAN_MODE
 
       always @(l1clk or siclk or soclk or d or si) begin
 
         if (!l1clk && !siclk)        m <=  d;    // Load master with data
         else if ( l1clk &&  siclk)   m <=  si;    // Load master with scan or flush
         else if (!l1clk &&  siclk)   m <=  1'bx;    // Conflict between data and scan
 
         if ( l1clk && !soclk && !siclk)  s <=  m;   // Load slave with master data
         else if (l1clk && siclk && !soclk)  s <= si;    // Flush
       end
 
    `else
       wire  si_unused = si;
       `ifdef INITLATZERO
       initial m = 1'b0;
       initial s = 1'b0;
       `endif
 
       always @(l1clk or d or si or siclk) begin
         if(siclk==0 && l1clk==0) m <=  d;
         if(siclk && !l1clk)                m <= 1'bx;
         else if(siclk && l1clk) m <= si;
       end
 
     `endif
 
       assign latout = m;
       assign latout_l = ~m;
       assign so  =  s;
 
endmodule

module cl_mc1_tisram_msff_8x ( latout, latout_l, so, d, l1clk, si,
siclk, soclk );
 
    output       latout;
    output       latout_l;
    output       so;
 
    input         d;
    input         l1clk;
    input         si;
    input         siclk;
    input         soclk;
 
    wire latout, latout_l, so;
    reg m, s;
 
    `ifdef SCAN_MODE
 
       always @(l1clk or siclk or soclk or d or si) begin
 
         if (!l1clk && !siclk)        m <=  d;    // Load master with data
         else if ( l1clk &&  siclk)   m <=  si;    // Load master with scan or flush
         else if (!l1clk &&  siclk)   m <=  1'bx;    // Conflict between data and scan
 
         if ( l1clk && !soclk && !siclk)  s <=  m;   // Load slave with master data
         else if (l1clk && siclk && !soclk)  s <= si;    // Flush
       end
 
    `else
       wire  si_unused = si;
       `ifdef INITLATZERO
       initial m = 1'b0;
       initial s = 1'b0;
       `endif
 
       always @(l1clk or d or si or siclk) begin
         if(siclk==0 && l1clk==0) m <=  d;
         if(siclk && !l1clk)                m <= 1'bx;
         else if(siclk && l1clk) m <= si;
       end
 
     `endif
 
       assign latout = m;
       assign latout_l = ~m;
       assign so  =  s;
 
endmodule